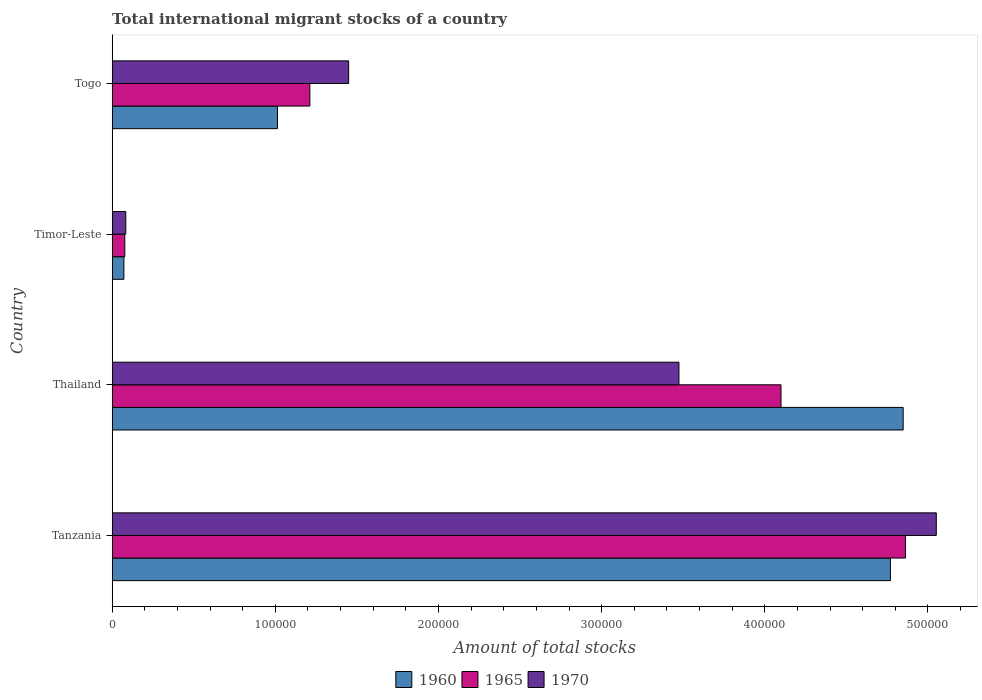
| Country | 1960 | 1965 | 1970 |
 | --- | --- | --- | --- |
 | Tanzania | 4.77e+05 | 4.86e+05 | 5.05e+05 |
 | Thailand | 4.85e+05 | 4.1e+05 | 3.47e+05 |
 | Timor-Leste | 7.15e+03 | 7.70e+03 | 8.31e+03 |
 | Togo | 1.01e+05 | 1.21e+05 | 1.45e+05 |